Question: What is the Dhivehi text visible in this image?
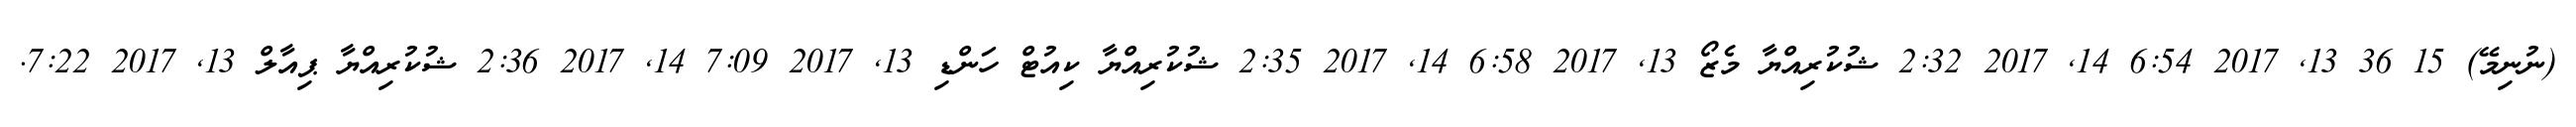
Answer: (ނުނިމޭ) 15 36 13, 2017 6:54 14, 2017 2:32 ޝުކުރިއްޔާ މެޒޯ 13, 2017 6:58 14, 2017 2:35 ޝުކުރިއްޔާ ކިއުޓް ހަންޑި 13, 2017 7:09 14, 2017 2:36 ޝުކުރިއްޔާ ޕިއާލް 13, 2017 7:22.